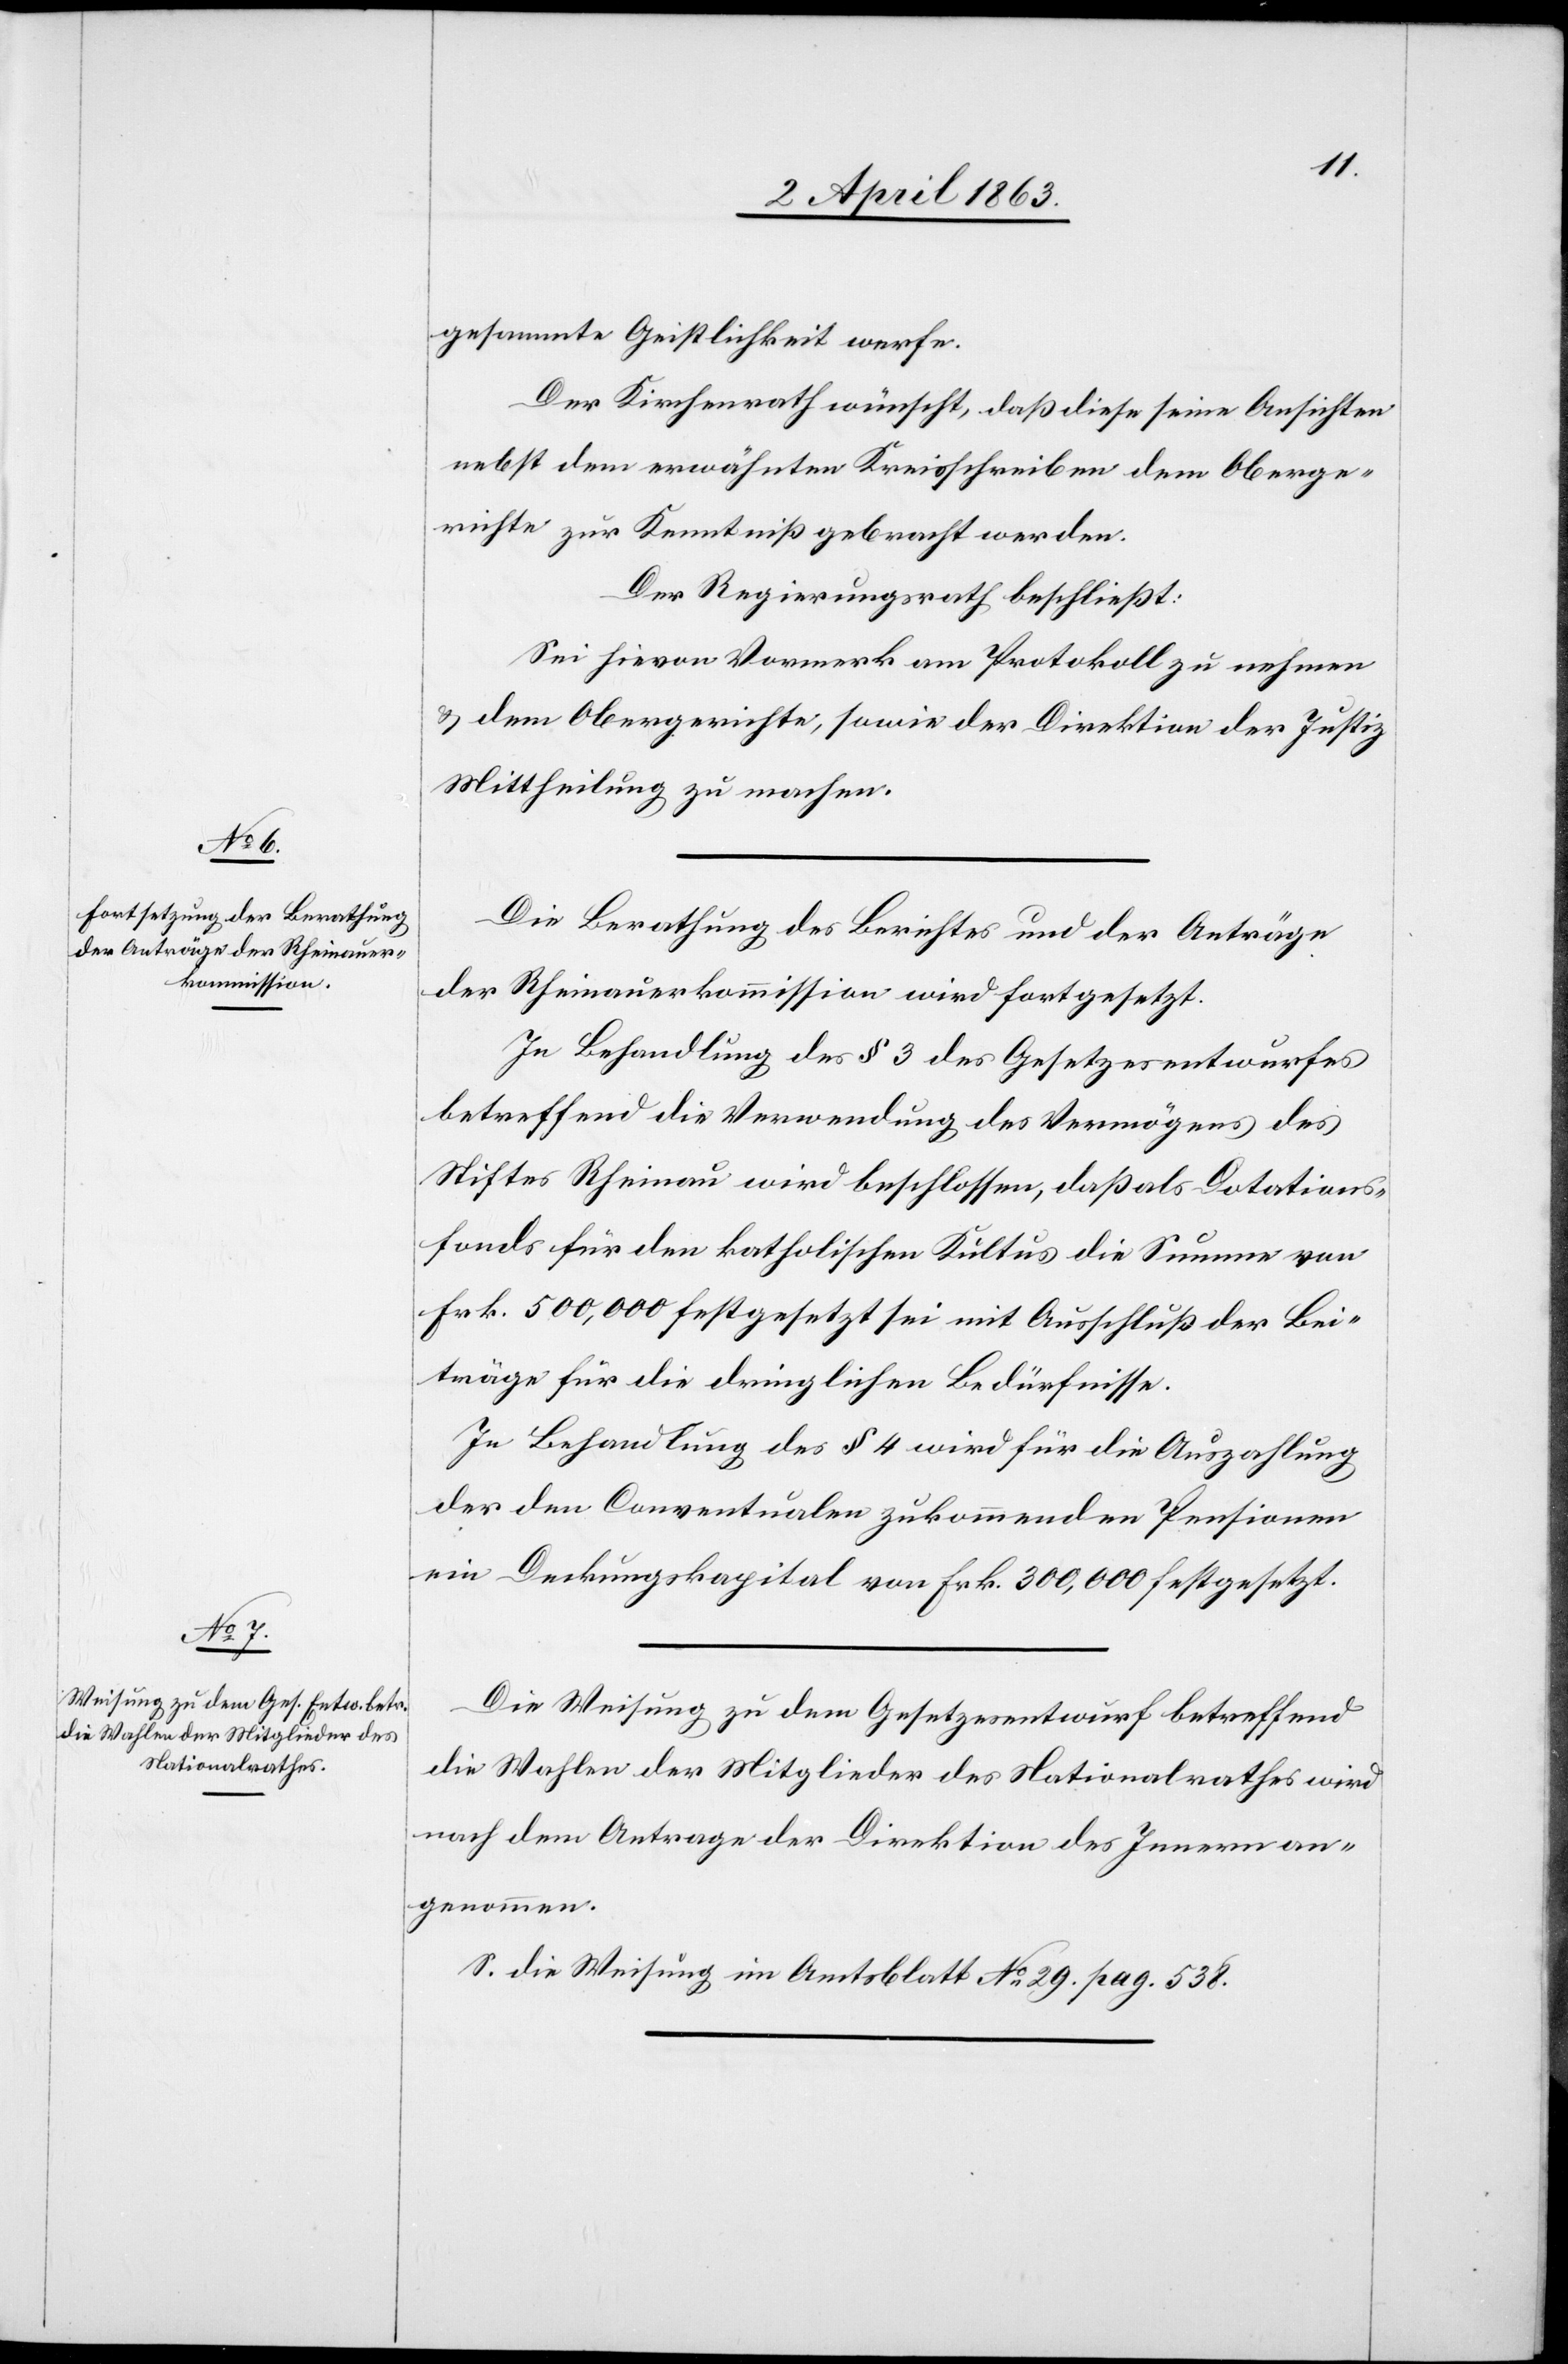
gesammte Geistlichkeit werfe.
Der Kirchenrath wünscht, daß diese seine Ansichten
nebst den erwähnten Kreisschreiben dem Oberge¬
richte zur Kenntniß gebracht werden.
Der Regierungsrath beschließt:
Sei hievon Vormerk am Protokoll zu nehmen
& dem Obergerichte, sowie der Direktion der Justiz
Mittheilung zu machen.
Die Berathung des Berichtes und der Anträge
der Rheinauerkommission wird fortgesetzt.
In Behandlung des § 3 des Gesetzesentwurfes
betreffend die Verwendung des Vermögens des
Stiftes Rheinau wird beschlossen, daß als Dotations¬
fonds für den katholischen Kultus die Summe von
Frk. 500,000 festgesetzt sei mit Ausschluß der Bei¬
träge für die dringlichen Bedürfnisse.
In Behandlung des § 4 wird für die Auszahlung
der den Conventualen zukommenden Pensionen
ein Deckungskapital von Frk. 300,000 festgesetzt.
Die Weisung zu dem Gesetzesentwurf betreffend
die Wahlen der Mitglieder des Nationalrathes wird
nach dem Antrage der Direktion des Innern an¬
genommen.
S. die Weisung im Amtsblatt No 29. pag. 538.